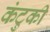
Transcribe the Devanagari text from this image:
कंटुकी